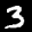
Digit: 3